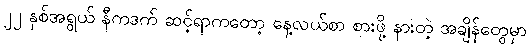
၂၂ နှစ်အရွယ် နီကဒက် ဆင့်ရာကတော့ နေ့လယ်စာ စားဖို့ နားတဲ့ အချိန်တွေမှာ